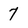
Character: 7